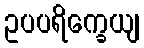
ဥပပရိက္ခေယျ